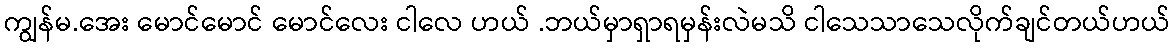
ကျွန်မ.အေး မောင်မောင် မောင်လေး ငါလေ ဟယ် .ဘယ်မှာရှာရမှန်းလဲမသိ ငါသေသာသေလိုက်ချင်တယ်ဟယ်